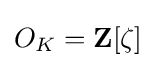
O_{K}=\mathbf {Z} [\zeta ]